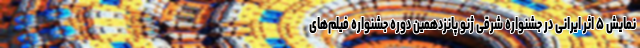
نمایش ۵ اثر ایرانی در جشنواره شرقی ژنو پانزدهمین دوره جشنواره فیلم‌های